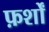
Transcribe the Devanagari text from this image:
फ़र्शों